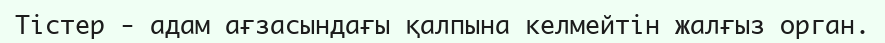
Тістер - адам ағзасындағы қалпына келмейтін жалғыз орган.